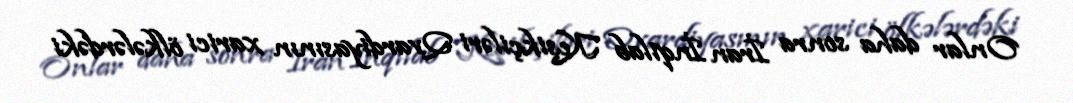
Onlar daha sonra İran İnqilab Keşikçiləri Qvardiyasının xarici ölkələrdəki